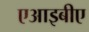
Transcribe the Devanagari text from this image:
एआइबीए